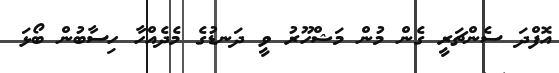
އޮފްދަ ސެންޗަރީ ގެން މުން މަޝްހޫރު ވީ ދަނޑުގެ މެދެއްހާ ހިސާބުން ބޯޅަ